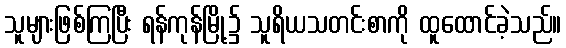
သူများဖြစ်ကြပြီး ရန်ကုန်မြို့၌ သူရိယသတင်းစာကို ထူထောင်ခဲ့သည်။